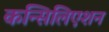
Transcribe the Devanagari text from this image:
कन्सिलिएशन